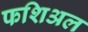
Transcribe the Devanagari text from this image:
फशिअल